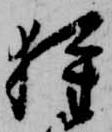
狩